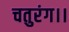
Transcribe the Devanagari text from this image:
चतुरंग।।